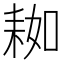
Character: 𦓲